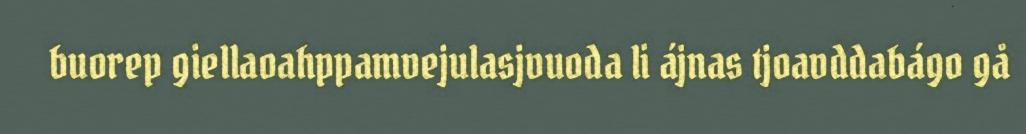
buorep giellaoahppamvejulasjvuoda li ájnas tjoavddabágo gå